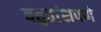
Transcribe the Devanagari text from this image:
बहुतांशपणे